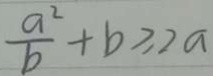
\frac { a ^ { 2 } } { b } + b \geq 2 a